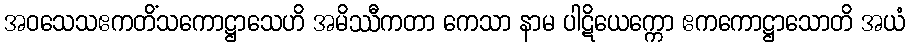
အဝသေသဧကတိံသကောဋ္ဌာသေဟိ အမိဿီကတာ ကေသာ နာမ ပါဋိယေက္ကော ဧကကောဋ္ဌာသောတိ အယံ